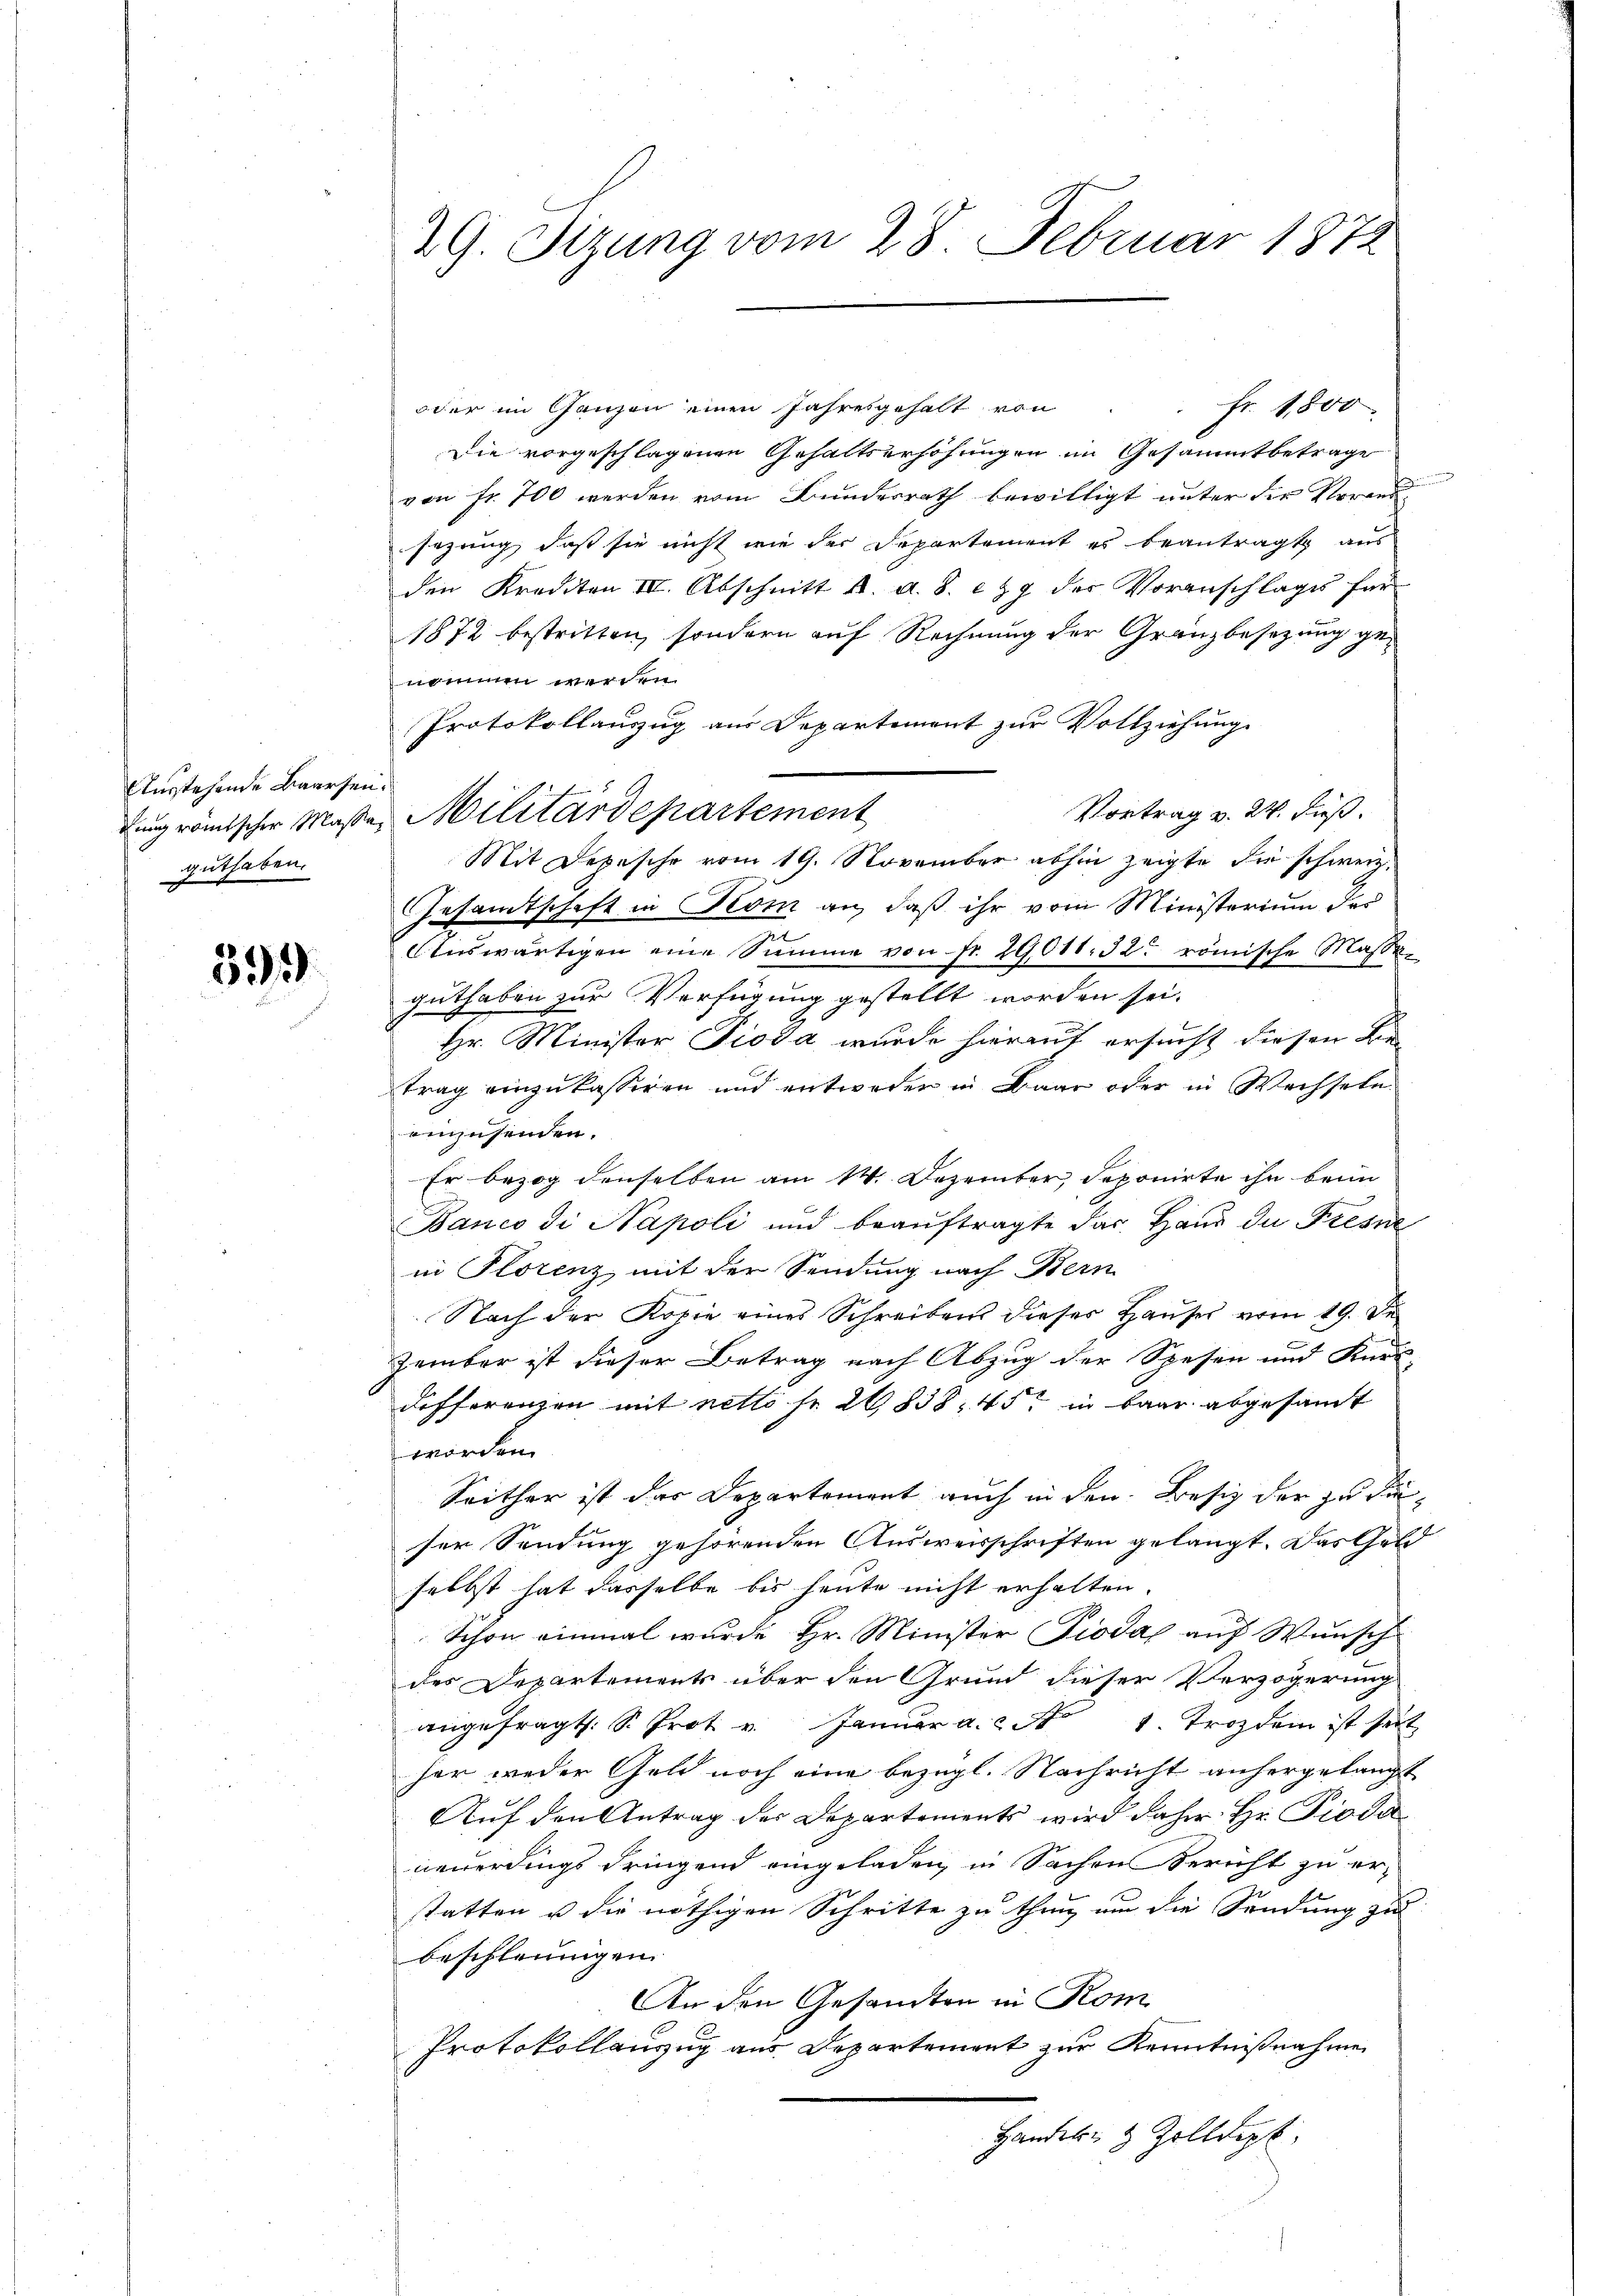
391

Ausstehende Baarsenguthaben.

oder im Ganzen einen Jahresgehalt von . . fr. 1800
Die vorgeschlagenen Gehaltserhöhungen im Gesammtbetrage
von fr. 700 werden vom Bundesrath bewilligt unter der Vorand
sezung, daß sie nicht wie der Departement es beantragt aus
den Krediten III. Abschnitt A. A. S. 229 der Voranschlages für
1872 bestritten, sondern auf Rechnung der Granzbesetzung genommen werden.
Protokollauszug aus Departement zur Vollziehung
Vortrag v. 24. Fuß.
Ling römischer Maße, Militärdepartement
Mit Depesche vom 19. November abhin zeigte die schweiz.
Gesamtschaft in Kom an, daß ihr vom Ministerium der
Auswärtigen eine Summe von Fr. 29011. 32. römische Masse
guthaben zur Verfügung gestellt worden sei.
8
Hr. Minister Pioda wurde hierauf ersucht diesen Kirtrag einzukassiren und entweder in Baar oder in Wechseln
einzusenden.
Er bezog denselben am 14. Dezember, deponirte ihn beim
Banco di Napoli und beauftragte das Haus die Fresne
in Florenz mit der Sendung nach Bern
Nach der Kopie eines Schreibens dieser Hauses vom 19. De
zember ist dieser Betrag nach Abzug der Spesen und Kurk-
Differenzen mit netto se 20838, 45, in baar abgesamt
worden.
Seither ist das Departement auch in den Besiz der zu diser Sendung gehörenden Ausweisschriften gelangt. Das Geld
selbst hat dasselbe bis heute nicht erhalten.
Schon einmal wurde Hr. Minister Pioda auf Wunsch
des Departements über den Grund dieser Verzögerung
angefragt. S. Prot u. Janŭar a. 2 No 1. Trozdam ist seit
her weder Geld noch eine bezügl. Nachricht anhergelangt
Auf den Antrag der Departements wird daher Hr. Pioda
neuerdings dringend eingeladen, in Sachen Bericht zu er-
statten u die nöthigen Schritte zu thun, um die Sendung zu
beschleunigen.
An den Gesandten in Kom
Protokollanzug aus Departement zur Kenntnißnahme
Handel- & Zolldep

2G. Tizung vom 28. Februar 1872